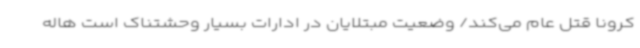
کرونا قتل عام می‌کند/ وضعیت مبتلایان در ادارات بسیار وحشتناک است هاله